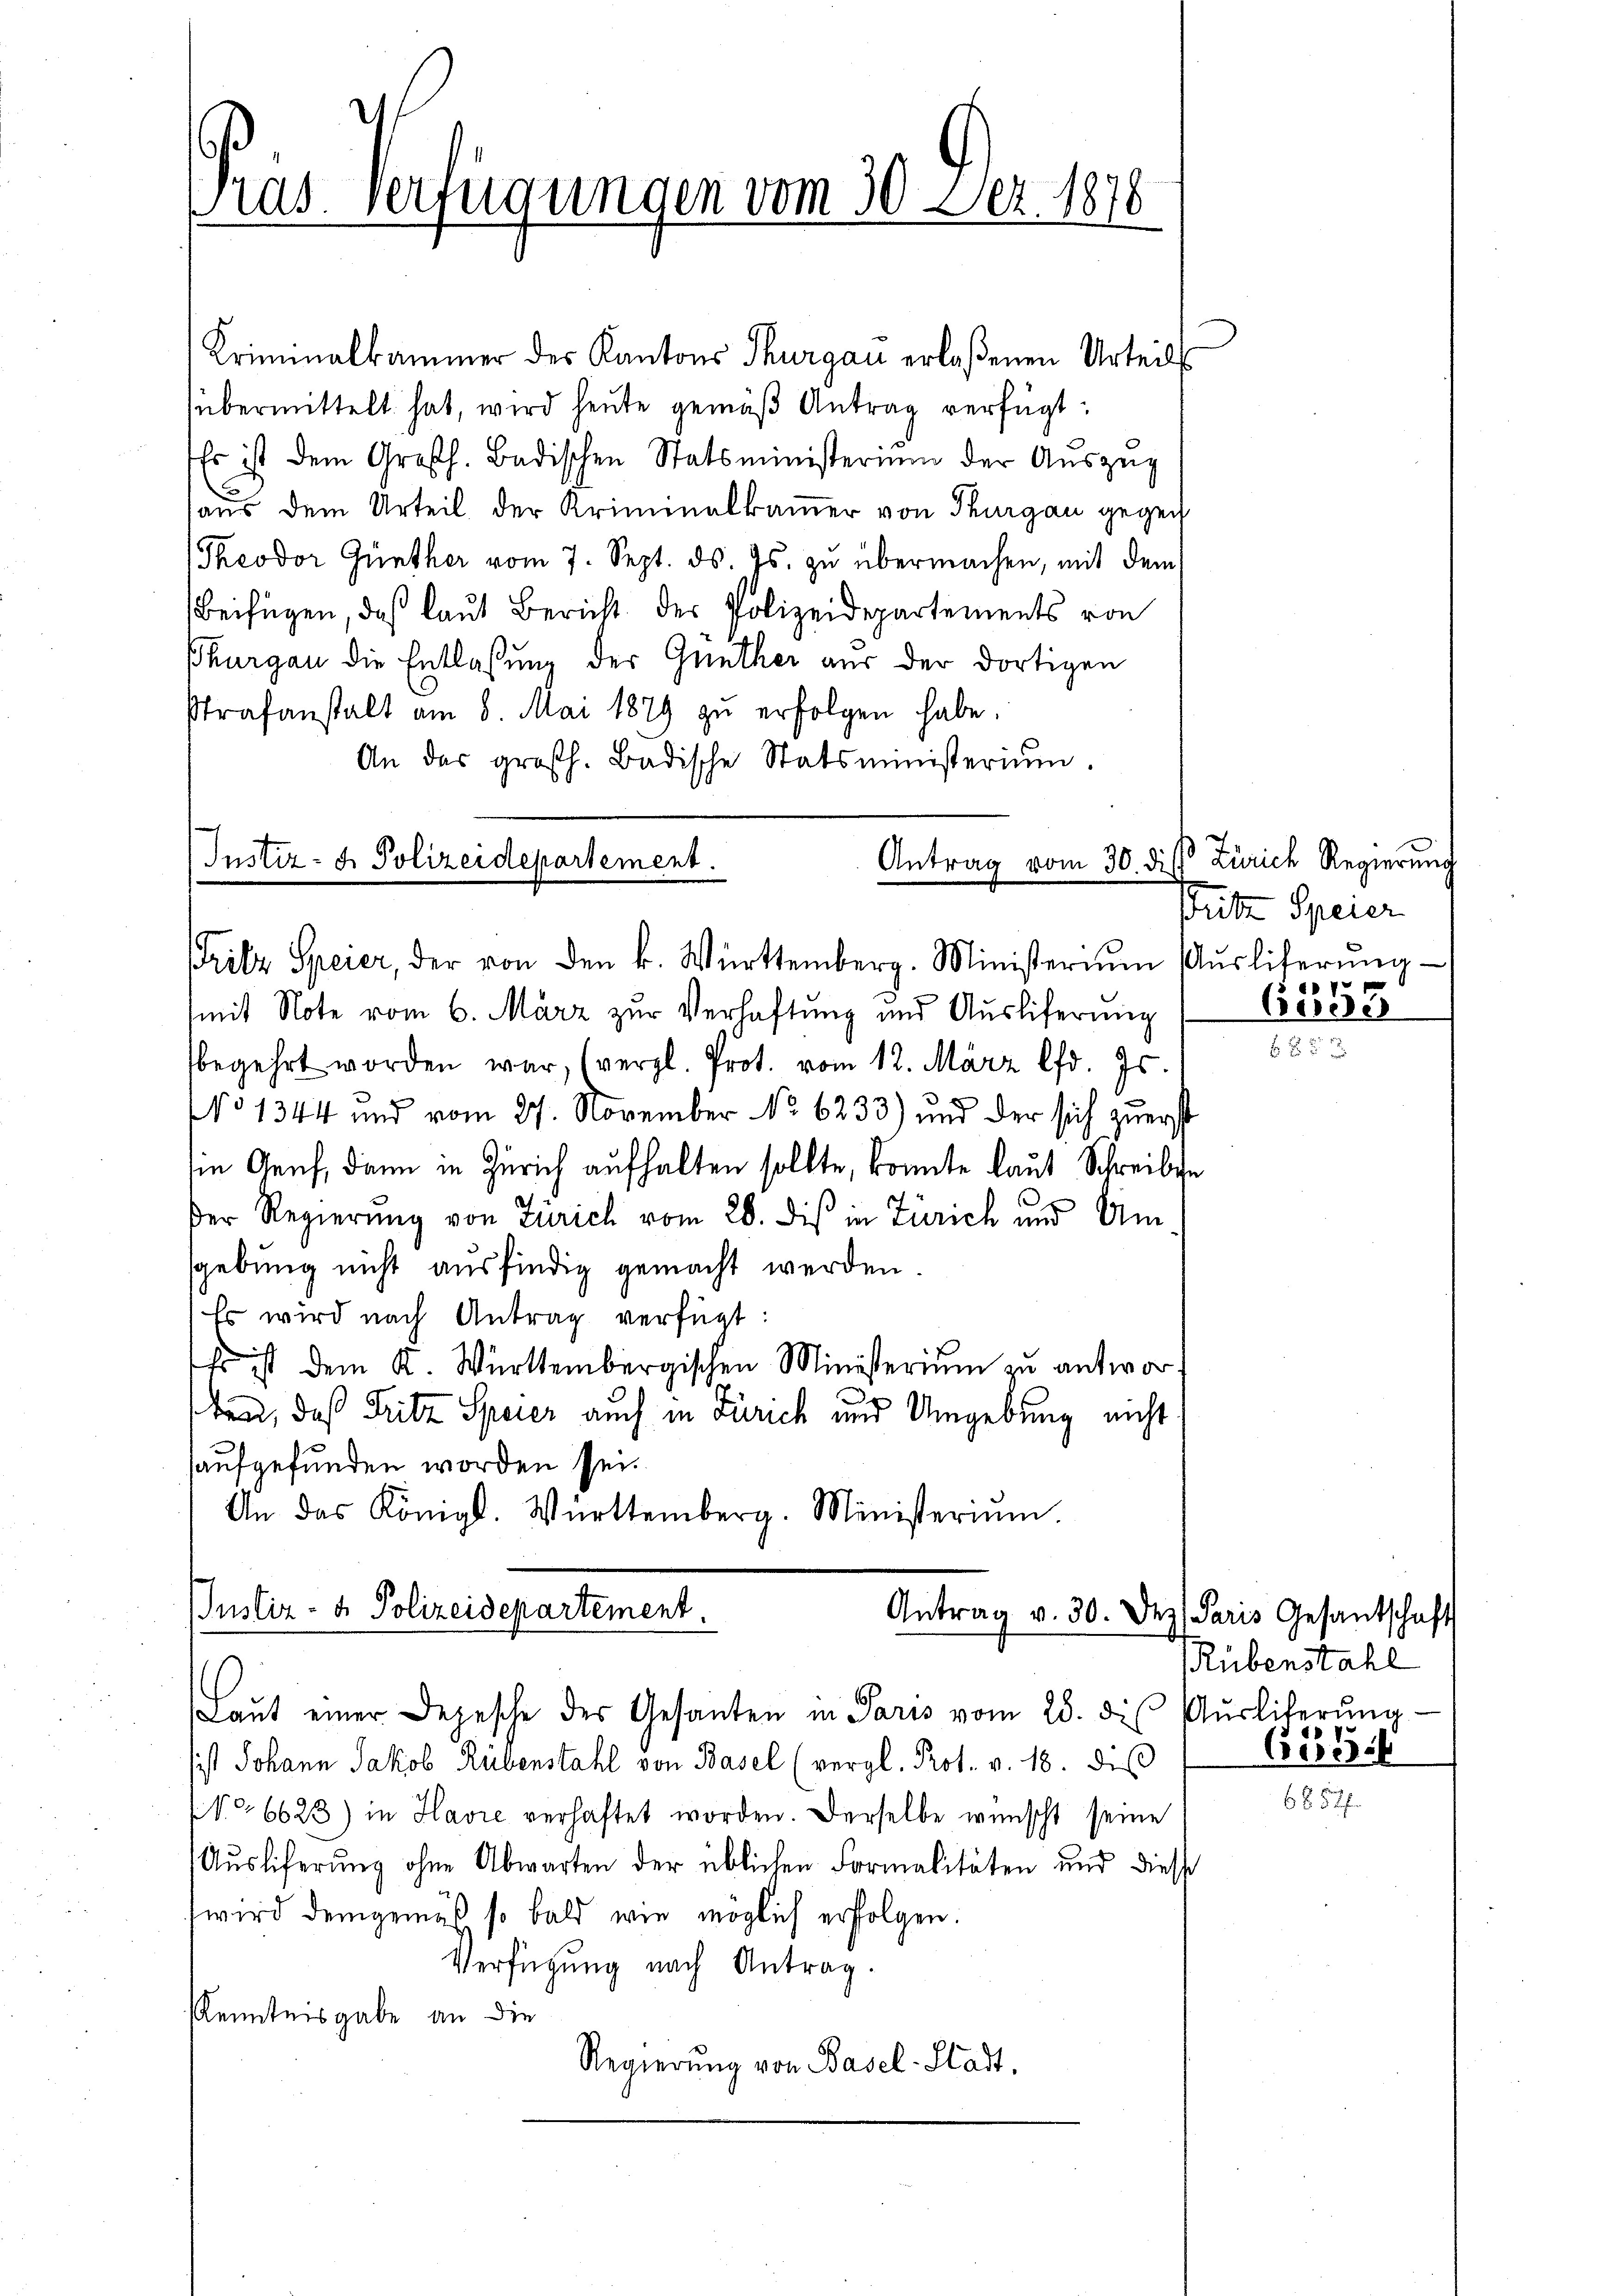
las. Verfügungen vom 30. Dez. 1878

ritz Speier, der von den k. Württemberg. Ministerium Aŭsliferŭng

Kriminalkammer des Kantons Thurgau erlaßenen Urteil
übermittelt hat, wird heute gemäß Antrag verfügt:
Es ist dem Großh. Badischen Statsministerium der Auszug
aus dem Urteil der Kriminalkammer von Thurgau gegen
Theodor Günther vom 7. Sept. ds. Js. zu übermachen, mit dem
Beifügen, daß laut Bericht des Polizeidepartements von
Thurgau die Entlassung der Günther aus der dortigen
Strafanstalt am 8. Mai 1879 zu erfolgen habe.
An das großh. Badische Statsministerium.
Instiz- & Polizeidepartement.
Antrag vom 30. die Zürich Regierung

mit Note vom 6. März zur Verhaftung und Ausliferung
begehrt worden war, (vergl. Prot. vom 12. März lfd. Js.
No 1344 und vom 27. November No. 6233) und der sich zuerst
sie Genf, dann in Zürich aufhalten sollte, konnte laut Schreibe
der Regierung von Zürich vom 20. dis in Zürich und Am-
sgebung nicht ausfindig gemacht werden
Es wird nach Antrag verfügt:
Es ist dem K. Württembergischen Ministerium zu antwort
ben, daß Fritz Speier auch in Zürich und Umgebung nicht
aufgefunden worden sei.
An das Königl. Württemberg. Ministerium.
Justiz- & Polizeidepartement.
Antrag v. 30. Dez. Paris Gesantschaft

Laŭt einer Depesche des Gesanten in Paris vom 28. die Aŭsliterŭng
sist Johann Jakob Rübenstahl von Basel (vergl. Prot. v. 18. diβ
No 6623) in Havić verhaftet worden. Derselbe wünscht seine
Aŭsliferŭng ohne Abwarten der üblichen Formalitäten und diese
wird demgemäß so bald wie möglich erfolgen.
Verfügung nach Antrag.
Kenntnisgabe an die
Regierŭng von Basel-Stadt,

tritt Speier
17

6003

Rübenstahl
r
653